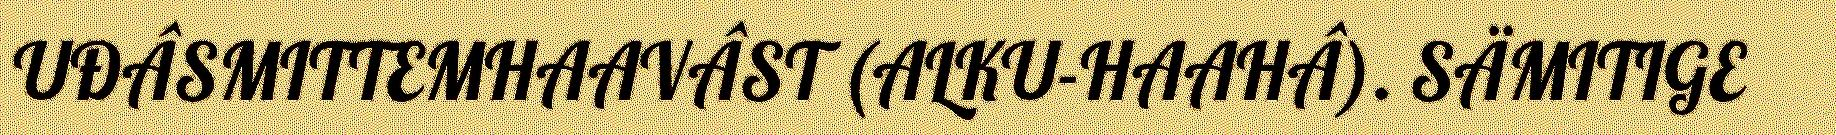
UĐÂSMITTEMHAAVÂST (ALKU-HAAHÂ). SÄMITIGE